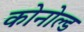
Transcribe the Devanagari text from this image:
कोनोल्ड